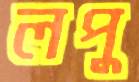
লপু